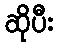
ဆိုပီး